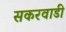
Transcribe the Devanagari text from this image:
सकरवाडी